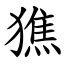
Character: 㺘